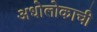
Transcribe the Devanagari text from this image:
अधोलोकाची